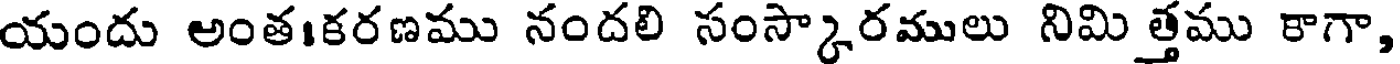
యందు అంత।కరణము నందలి సంస్కారములు నిమిత్తము కాగా,